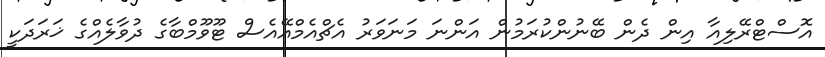
އޮސްޓްރޭލިއާ އިން ދެން ބޭނުންކުރަމުން އަންނަ މަނަވަރު އެޗްއެމްއޭއެސް ޓޫވޫމްބާގެ ދުވާލެއްގެ ޚަރަދަކީ